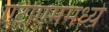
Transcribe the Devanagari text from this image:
एटीएममध्ये